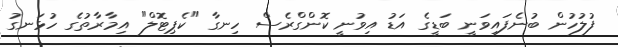
ފުލުހުން ބުނެފައިވަނީ ބަޑީގެ އަޑު އިވުނީ ކޮންގްރެސް ހިނގާ "ކެޕިޓޮލް" އިމާރާތުގެ ހުޅަނގު